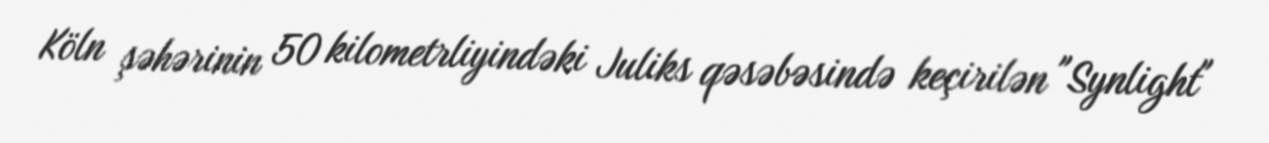
Köln şəhərinin 50 kilometrliyindəki Juliks qəsəbəsində keçirilən "Synlight"